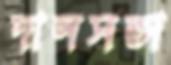
দানসভা